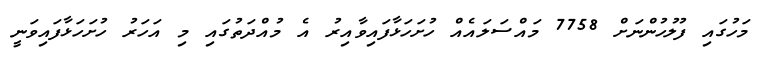
މަހުގައި ފުލުހުންނަށް 7758 މައްސަލައެއް ހުށަހަޅާފައިވާއިރު އެ މުއްދަތުގައި މި އަހަރު ހުށަހަޅާފައިވަނީ